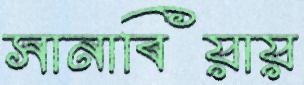
সানাবিয়ায়